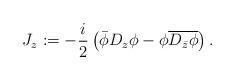
LaTeX: \begin{align*}J_{z}:=-\frac{i}{2}\left(\bar{\phi}D_{z}\phi-\phi \overline{D_{\bar{z}}\phi}\right).\end{align*}